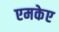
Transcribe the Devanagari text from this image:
एमकेए